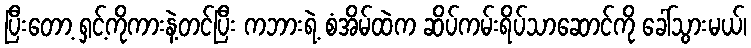
ပြီးတော့ ရှင့်ကိုကားနဲ့တင်ပြီး ကဘားရဲ့ စံအိမ်ထဲက ဆိပ်ကမ်းရိပ်သာဆောင်ကို ခေါ်သွားမယ်၊